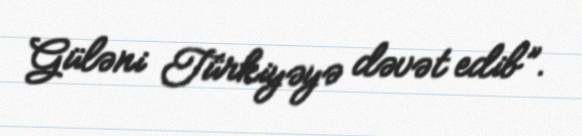
Güləni Türkiyəyə dəvət edib”.